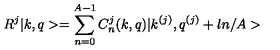
R ^ { j } | k , q > = \sum _ { n = 0 } ^ { A - 1 } C _ { n } ^ { j } ( k , q ) | k ^ { ( j ) } , q ^ { ( j ) } + l n / A >